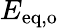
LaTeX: E_{\mathrm{eq},\mathrm{o}}